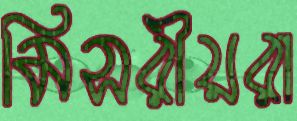
মিসরীয়রা